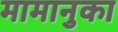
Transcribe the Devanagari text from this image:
मामानुका